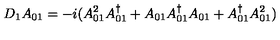
D _ { 1 } A _ { 0 1 } = - i ( A _ { 0 1 } ^ { 2 } A _ { 0 1 } ^ { \dag } + A _ { 0 1 } A _ { 0 1 } ^ { \dag } A _ { 0 1 } + A _ { 0 1 } ^ { \dag } A _ { 0 1 } ^ { 2 } )